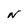
Character: N